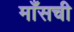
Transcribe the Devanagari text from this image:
माँसची